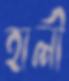
হালী